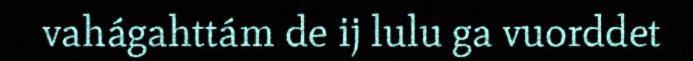
vahágahttám de ij lulu ga vuorddet